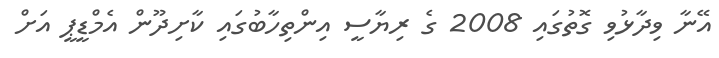
އޭނާ ވިދާޅުވި ގޮތުގައި 2008 ގެ ރިޔާސީ އިންތިހާބުގައި ކާށިދޫން އެމްޑީޕީ އަށް